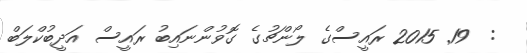
:  19